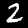
Digit: 2